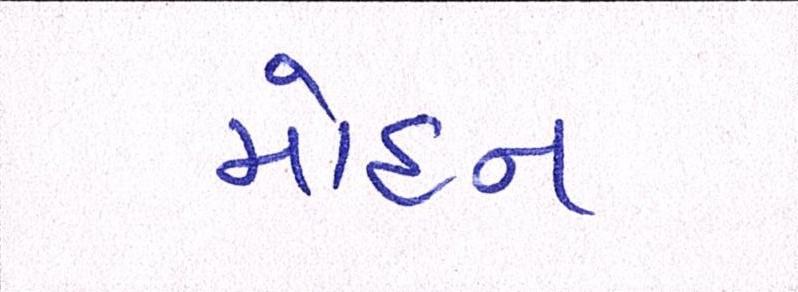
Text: મોહન